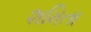
શમિતા